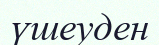
үшеуден